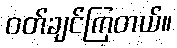
ဝတ်ချင်ကြတယ်။